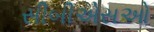
સીબીએસઓ